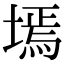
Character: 墕